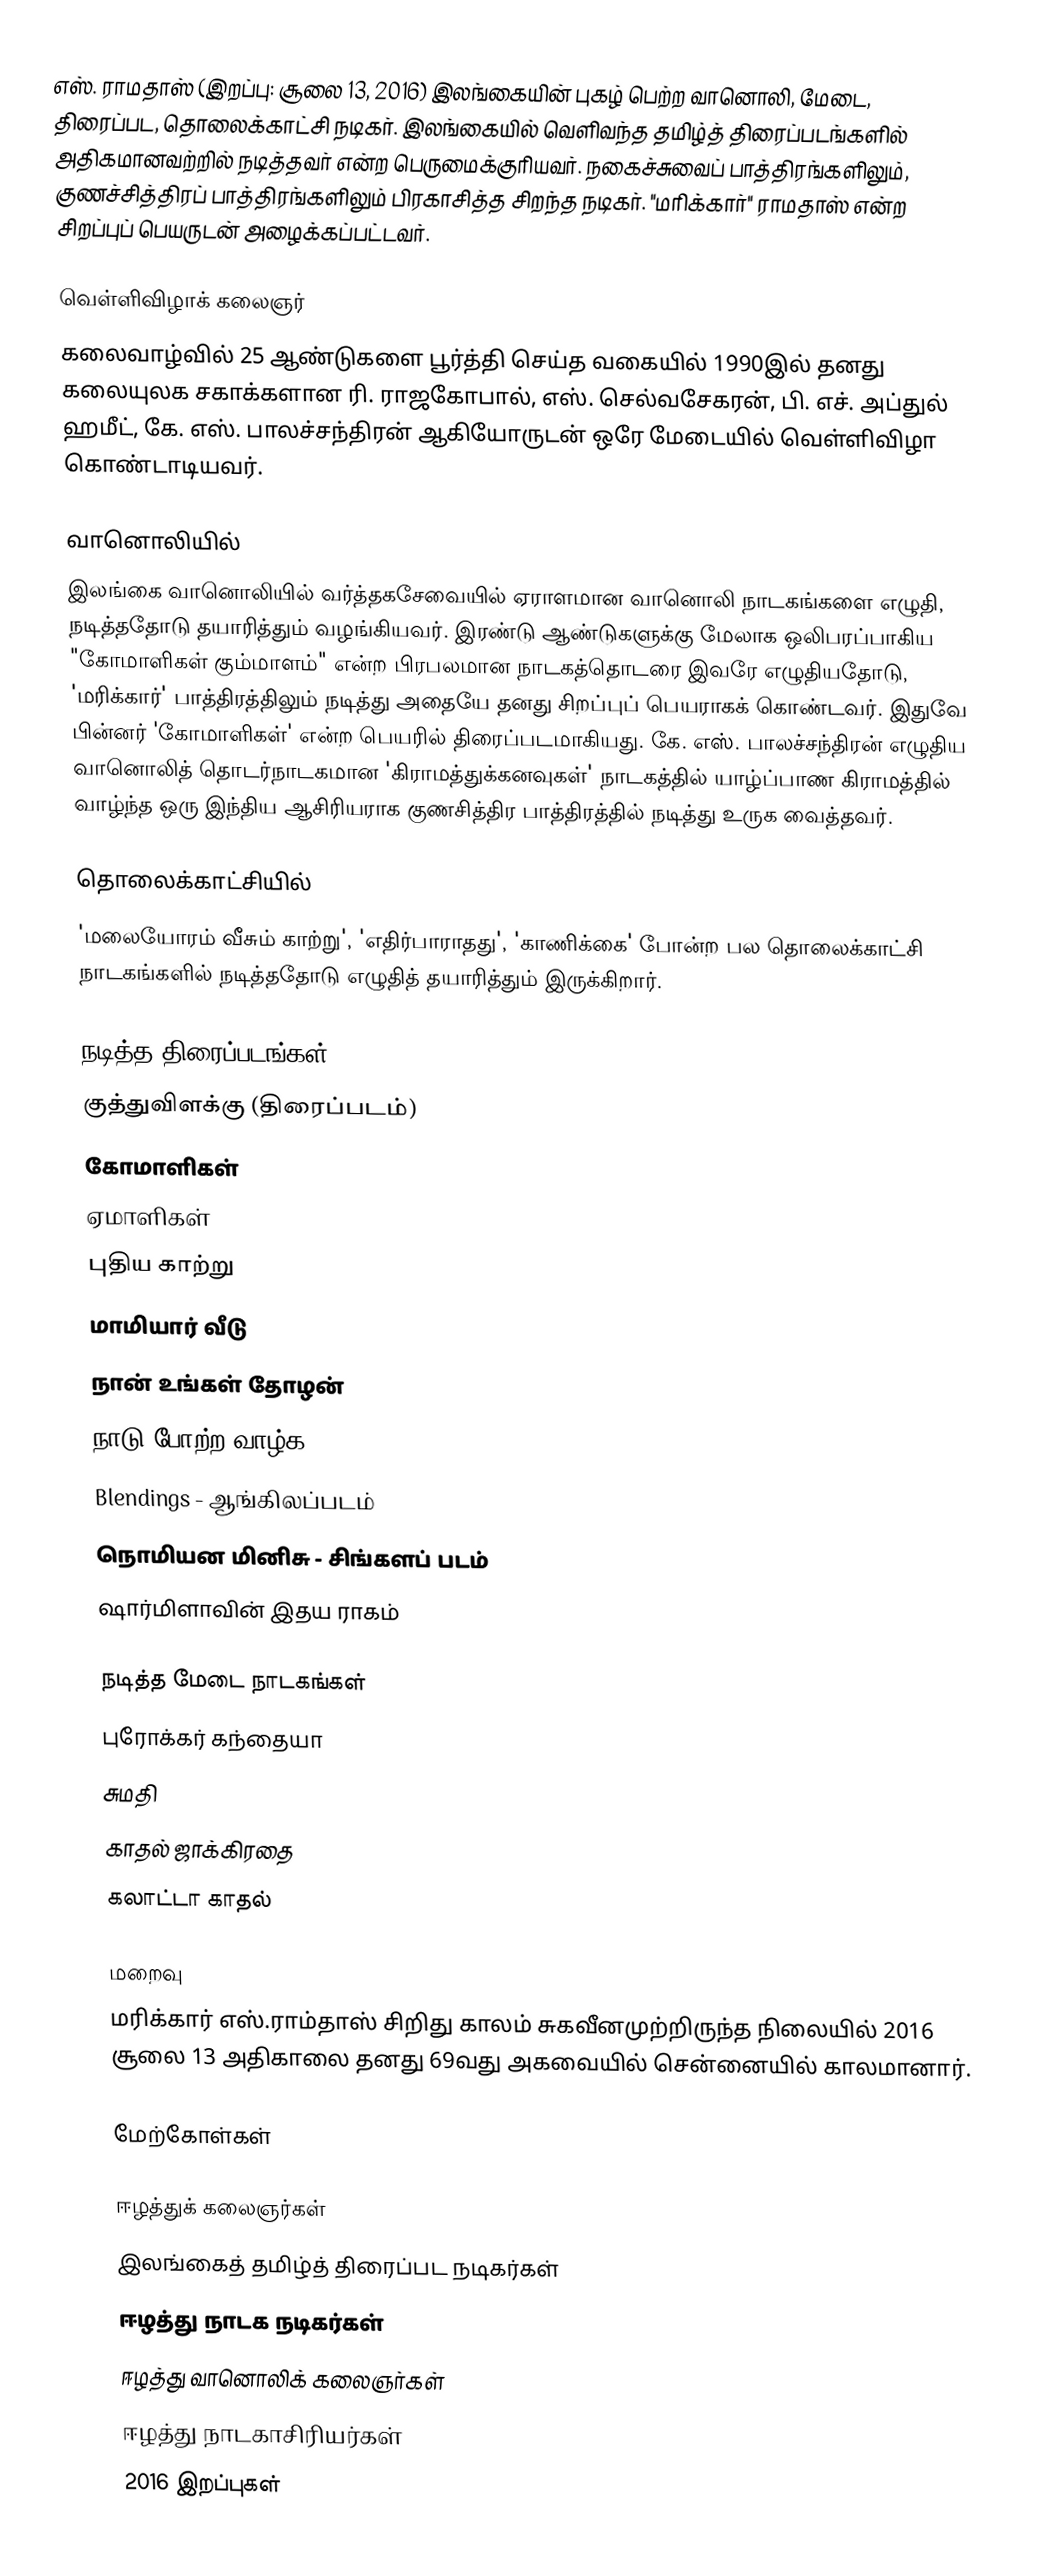
எஸ். ராமதாஸ் (இறப்பு: சூலை 13, 2016) இலங்கையின் புகழ் பெற்ற வானொலி, மேடை, திரைப்பட, தொலைக்காட்சி நடிகர்.  இலங்கையில் வெளிவந்த தமிழ்த் திரைப்படங்களில் அதிகமானவற்றில் நடித்தவர் என்ற பெருமைக்குரியவர். நகைச்சுவைப் பாத்திரங்களிலும், குணச்சித்திரப் பாத்திரங்களிலும் பிரகாசித்த சிறந்த நடிகர். "மரிக்கார்" ராமதாஸ் என்ற சிறப்புப் பெயருடன் அழைக்கப்பட்டவர்.

வெள்ளிவிழாக் கலைஞர்
கலைவாழ்வில் 25 ஆண்டுகளை பூர்த்தி செய்த வகையில் 1990இல் தனது கலையுலக சகாக்களான ரி. ராஜகோபால், எஸ். செல்வசேகரன், பி. எச். அப்துல் ஹமீட், கே. எஸ். பாலச்சந்திரன் ஆகியோருடன் ஒரே மேடையில் வெள்ளிவிழா கொண்டாடியவர்.

வானொலியில்
இலங்கை வானொலியில் வர்த்தகசேவையில் ஏராளமான வானொலி நாடகங்களை எழுதி, நடித்ததோடு தயாரித்தும் வழங்கியவர். இரண்டு ஆண்டுகளுக்கு மேலாக ஒலிபரப்பாகிய "கோமாளிகள் கும்மாளம்" என்ற பிரபலமான நாடகத்தொடரை இவரே எழுதியதோடு, 'மரிக்கார்'  பாத்திரத்திலும் நடித்து அதையே தனது சிறப்புப் பெயராகக் கொண்டவர். இதுவே பின்னர் 'கோமாளிகள்' என்ற பெயரில் திரைப்படமாகியது. கே. எஸ். பாலச்சந்திரன் எழுதிய வானொலித் தொடர்நாடகமான 'கிராமத்துக்கனவுகள்' நாடகத்தில் யாழ்ப்பாண கிராமத்தில் வாழ்ந்த ஒரு இந்திய ஆசிரியராக குணசித்திர பாத்திரத்தில் நடித்து உருக வைத்தவர்.

தொலைக்காட்சியில்
'மலையோரம் வீசும் காற்று', 'எதிர்பாராதது', 'காணிக்கை' போன்ற பல தொலைக்காட்சி நாடகங்களில் நடித்ததோடு எழுதித் தயாரித்தும் இருக்கிறார்.

நடித்த திரைப்படங்கள்
 குத்துவிளக்கு (திரைப்படம்)
 கோமாளிகள்
 ஏமாளிகள்
 புதிய காற்று
 மாமியார் வீடு
 நான் உங்கள் தோழன்
 நாடு போற்ற வாழ்க
 Blendings - ஆங்கிலப்படம்
 நொமியன மினிசு - சிங்களப் படம்
 ஷார்மிளாவின் இதய ராகம்

நடித்த மேடை நாடகங்கள்
 புரோக்கர் கந்தையா
 சுமதி
 காதல் ஜாக்கிரதை
 கலாட்டா காதல்

மறைவு
மரிக்கார் எஸ்.ராம்தாஸ் சிறிது காலம் சுகவீனமுற்றிருந்த நிலையில் 2016 சூலை 13 அதிகாலை தனது 69வது அகவையில் சென்னையில் காலமானார்.

மேற்கோள்கள்

ஈழத்துக் கலைஞர்கள்
இலங்கைத் தமிழ்த் திரைப்பட நடிகர்கள்
ஈழத்து நாடக நடிகர்கள்
ஈழத்து வானொலிக் கலைஞர்கள்
ஈழத்து நாடகாசிரியர்கள்
2016 இறப்புகள்